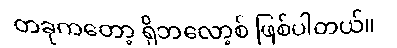
တခုကတော့ ရိုဘလော့စ် ဖြစ်ပါတယ်။